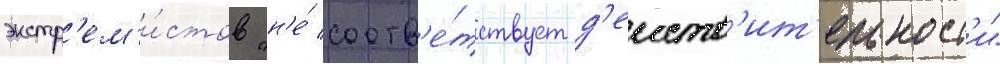
экстр'ем'и́стов "н'е́ соотв'е́тствует д'еиств'ит'ельност'и"